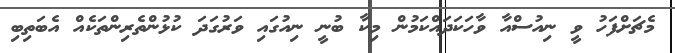
މެޗަށްފަހު ވީ ނިއުސްއާ ވާހަކަދައްކަމުން މިކާ ބުނީ ނިއުގައި ވަރުގަދަ ކުޅުންތެރިންތަކެއް އެބަތިބި